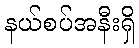
နယ်စပ်အနီးရှိ